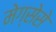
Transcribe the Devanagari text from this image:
मेग्सेसे